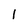
Character: l